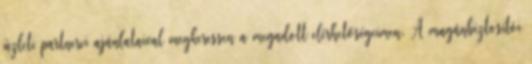
üzleti partnerei ajánlataival megkeressen a megadott elérhetőségeimen. A magánbiztosítói